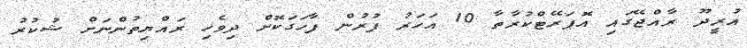
އުރީދޫ ރާއްޖޭގައި އޮޕަރޭޓްކުރާތާ 10 އަހަރު ފުރުން ފާހަގަކޮށް ދިވެހި ރައްޔިތުންނަށް ޝުކުރު